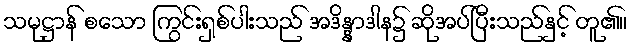
သမုဋ္ဌာန် စသော ကြွင်းရှစ်ပါးသည် အဒိန္နာဒါန၌ ဆိုအပ်ပြီးသည်နှင့် တူ၏။